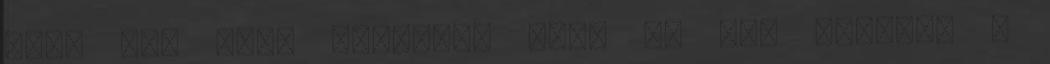
hogy jól vagy rosszul, majd az idő eldönti .